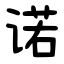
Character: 诺